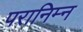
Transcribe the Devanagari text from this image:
परानिम्न